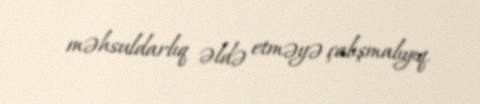
məhsuldarlıq əldə etməyə çalışmalıyıq.